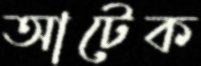
আটেক